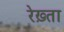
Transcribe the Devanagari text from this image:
रेख़्ता